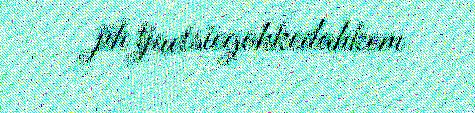
jïh tjaetsiegohkedahkem